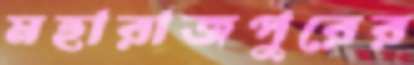
মহারাজপুরের